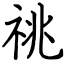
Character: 祧